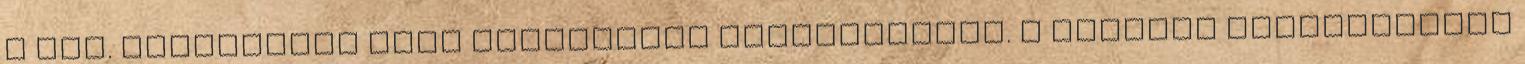
a III. kerületben lévő Eurocenter parkolójában. A mostani örökbefogadó